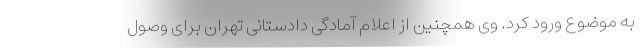
به موضوع ورود کرد. وی همچنین از اعلام آمادگی دادستانی تهران برای وصول